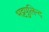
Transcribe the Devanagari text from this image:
भट्टपुलिन्द